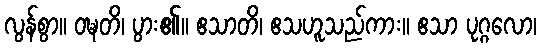
လွန်စွာ။ ဝဍ္ဎတိ၊ ပွား၏။ ဧသာတိ၊ ဧသဟူသည်ကား။ ဧသာ ပုဂ္ဂလော၊